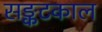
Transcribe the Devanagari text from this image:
सङ्कटकाल